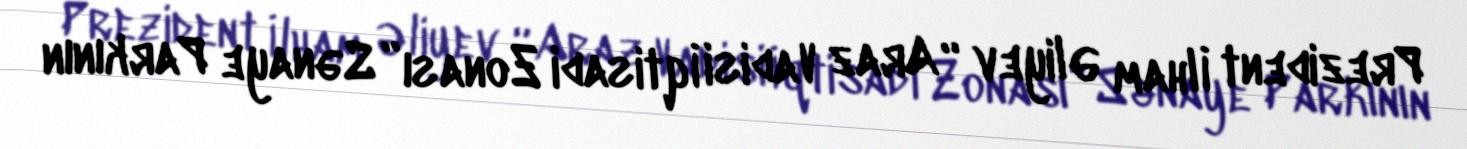
Prezident İlham Əliyev “Araz Vadisi İqtisadi Zonası” Sənaye Parkının